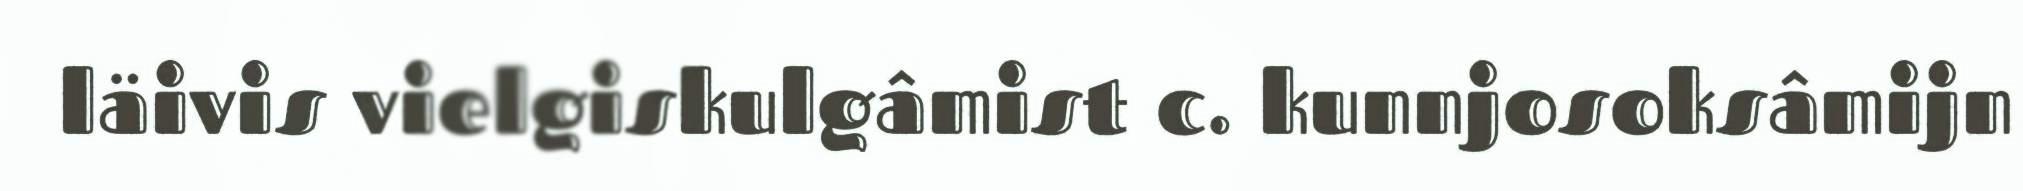
läivis vielgiskulgâmist c. kunnjosoksâmijn